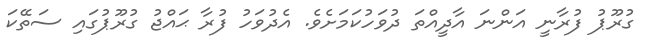
ގުރޫޕު ފުރާނީ އަންނަ އާދީއްތަ ދުވަހުކަމަށެވެ. އެދުވަހު ފުރާ ޙައްޖު ގުރޫޕުގައި ސަތޭކަ